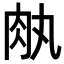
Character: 𦘾